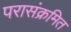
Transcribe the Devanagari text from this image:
परासंक्रमित